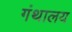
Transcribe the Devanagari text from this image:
गंथालय